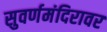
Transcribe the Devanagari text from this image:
सुवर्णमंदिरावर